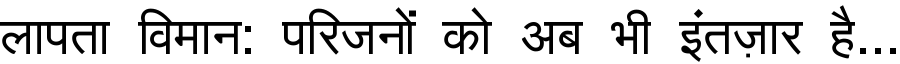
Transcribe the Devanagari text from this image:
लापता विमान: परिजनों को अब भी इंतज़ार है...